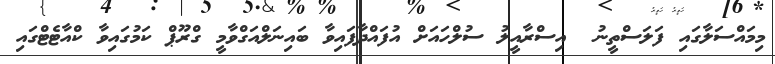
މިމައްސަލާގައި ފަލަސްތީނު  އިސްރާއީލު ސުލްހައަށް އުފައްދާފައިވާ ބައިނަލްއަގްވާމީ ގްރޫޕް ކަމުގައިވާ ކްއާޓެޓްގައި